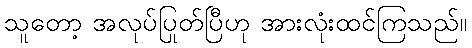
သူတော့ အလုပ်ပြုတ်ပြီဟု အားလုံးထင်ကြသည်။